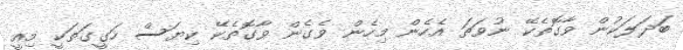
ބަދަލަކުން ވާގޮތެކޭ ނުވަތަ އެހެން މިހެން ވެގެން ވާގޮތެކޭ ކިޔަސް ހަގީގަތަކީ މިއީ